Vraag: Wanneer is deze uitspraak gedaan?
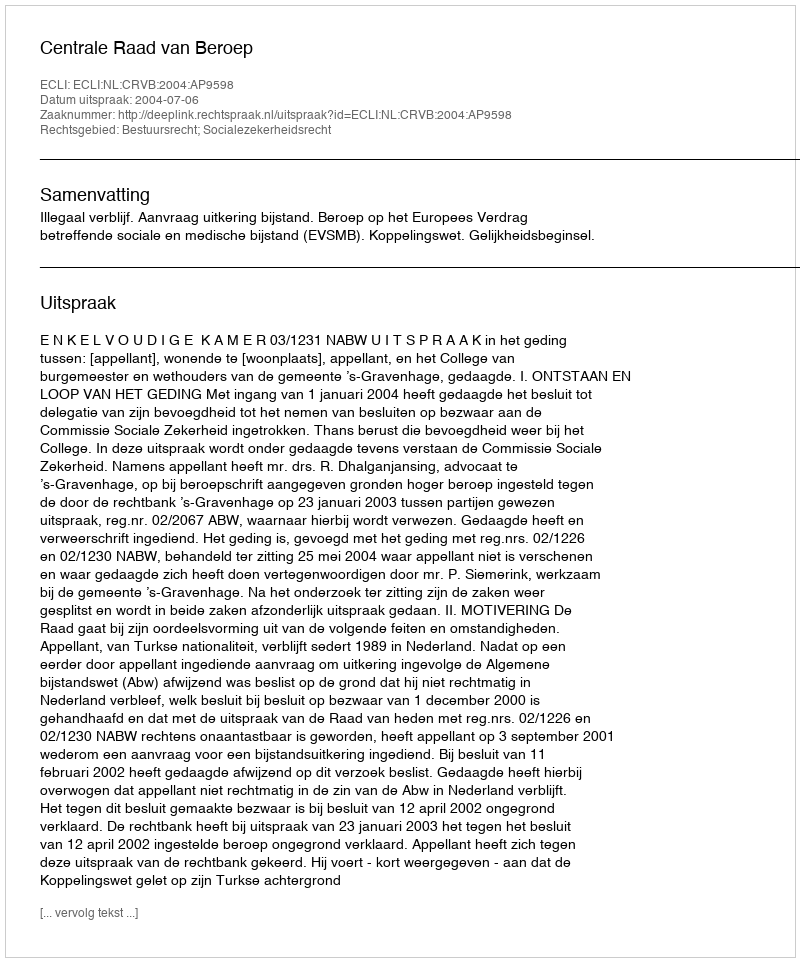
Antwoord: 2004-07-06